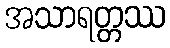
အသာရတ္တဿ